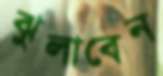
ঝুলাবেন